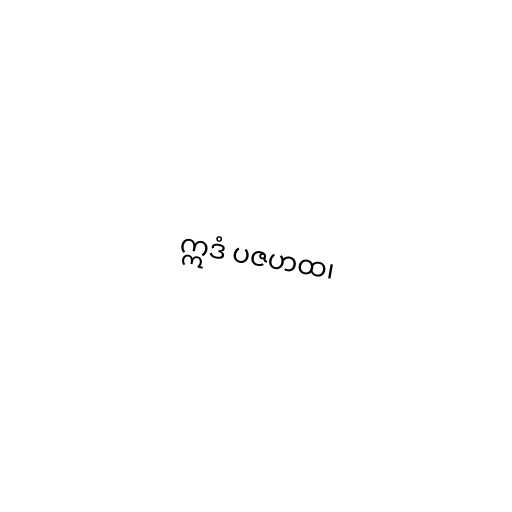
ဣဒံ ပဇဟထ၊